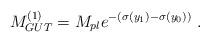
LaTeX: \begin{align*}M_{GUT}^{(1)} = M_{pl} e^{-(\sigma(y_1) - \sigma(y_0)) } ~.~ \,\end{align*}